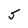
Character: S